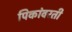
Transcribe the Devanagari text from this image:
पिकांवरती